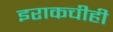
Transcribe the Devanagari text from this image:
इराकचीही